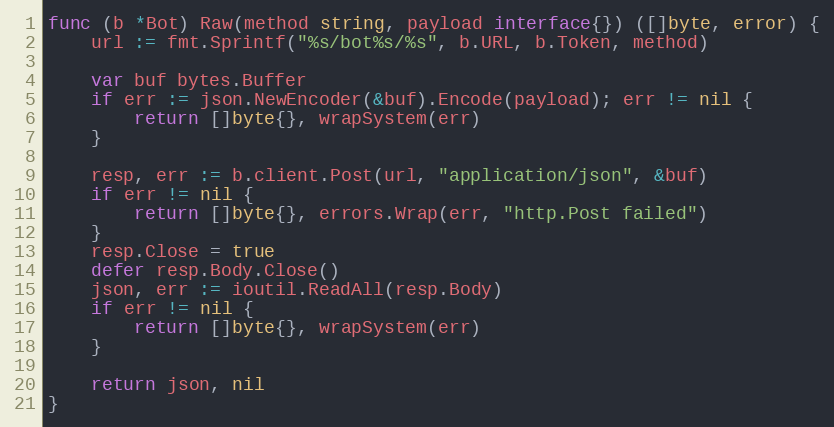
Language: Go
func (b *Bot) Raw(method string, payload interface{}) ([]byte, error) {
	url := fmt.Sprintf("%s/bot%s/%s", b.URL, b.Token, method)

	var buf bytes.Buffer
	if err := json.NewEncoder(&buf).Encode(payload); err != nil {
		return []byte{}, wrapSystem(err)
	}

	resp, err := b.client.Post(url, "application/json", &buf)
	if err != nil {
		return []byte{}, errors.Wrap(err, "http.Post failed")
	}
	resp.Close = true
	defer resp.Body.Close()
	json, err := ioutil.ReadAll(resp.Body)
	if err != nil {
		return []byte{}, wrapSystem(err)
	}

	return json, nil
}